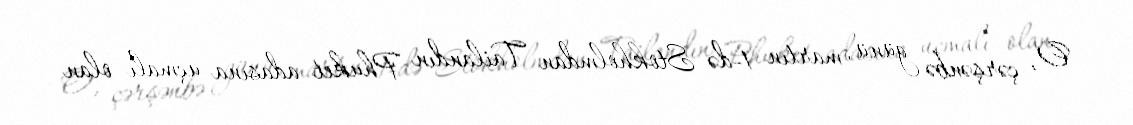
O, çərşənbə günü, martın 1-də Stokholmdan Tailandın Phuket adasına uçmalı olan